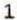
1